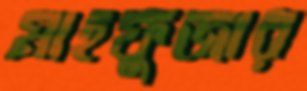
মাহফুজার